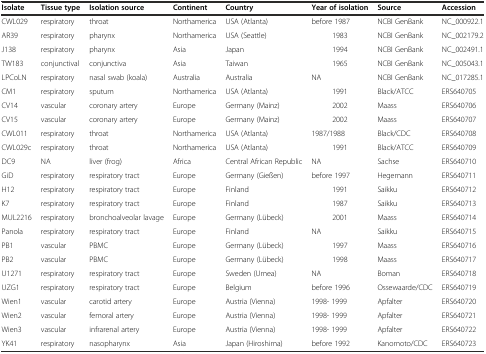
<table><thead><tr><td><b>Isolate</b></td><td><b>Tissue type</b></td><td><b>Isolation source</b></td><td><b>Continent</b></td><td><b>Country</b></td><td><b>Year of isolation</b></td><td><b>Source</b></td><td><b>Accession</b></td></tr></thead><tbody><tr><td>CWL029</td><td>respiratory</td><td>throat</td><td>Northamerica</td><td>USA (Atlanta)</td><td>before 1987</td><td>NCBI GenBank</td><td>NC_000922.1</td></tr><tr><td>AR39</td><td>respiratory</td><td>pharynx</td><td>Northamerica</td><td>USA (Seattle)</td><td>1983</td><td>NCBI GenBank</td><td>NC_002179.2</td></tr><tr><td>J138</td><td>respiratory</td><td>pharynx</td><td>Asia</td><td>Japan</td><td>1994</td><td>NCBI GenBank</td><td>NC_002491.1</td></tr><tr><td>TW183</td><td>conjunctival</td><td>conjunctiva</td><td>Asia</td><td>Taiwan</td><td>1965</td><td>NCBI GenBank</td><td>NC_005043.1</td></tr><tr><td>LPCoLN</td><td>respiratory</td><td>nasal swab (koala)</td><td>Australia</td><td>Australia</td><td>NA</td><td>NCBI GenBank</td><td>NC_017285.1</td></tr><tr><td>CM1</td><td>respiratory</td><td>sputum</td><td>Northamerica</td><td>USA (Atlanta)</td><td>1991</td><td>Black/ATCC</td><td>ERS640705</td></tr><tr><td>CV14</td><td>vascular</td><td>coronary artery</td><td>Europe</td><td>Germany (Mainz)</td><td>2002</td><td>Maass</td><td>ERS640706</td></tr><tr><td>CV15</td><td>vascular</td><td>coronary artery</td><td>Europe</td><td>Germany (Mainz)</td><td>2002</td><td>Maass</td><td>ERS640707</td></tr><tr><td>CWL011</td><td>respiratory</td><td>throat</td><td>Northamerica</td><td>USA (Atlanta)</td><td>1987/1988</td><td>Black/CDC</td><td>ERS640708</td></tr><tr><td>CWL029c</td><td>respiratory</td><td>throat</td><td>Northamerica</td><td>USA (Atlanta)</td><td>1991</td><td>Black/ATCC</td><td>ERS640709</td></tr><tr><td>DC9</td><td>NA</td><td>liver (frog)</td><td>Africa</td><td>Central African Republic</td><td>NA</td><td>Sachse</td><td>ERS640710</td></tr><tr><td>GiD</td><td>respiratory</td><td>respiratory tract</td><td>Europe</td><td>Germany (Gießen)</td><td>before 1997</td><td>Hegemann</td><td>ERS640711</td></tr><tr><td>H12</td><td>respiratory</td><td>respiratory tract</td><td>Europe</td><td>Finland</td><td>1991</td><td>Saikku</td><td>ERS640712</td></tr><tr><td>K7</td><td>respiratory</td><td>respiratory tract</td><td>Europe</td><td>Finland</td><td>1987</td><td>Saikku</td><td>ERS640713</td></tr><tr><td>MUL2216</td><td>respiratory</td><td>bronchoalveolar lavage</td><td>Europe</td><td>Germany (Lübeck)</td><td>2001</td><td>Maass</td><td>ERS640714</td></tr><tr><td>Panola</td><td>respiratory</td><td>respiratory tract</td><td>Europe</td><td>Finland</td><td>NA</td><td>Saikku</td><td>ERS640715</td></tr><tr><td>PB1</td><td>vascular</td><td>PBMC</td><td>Europe</td><td>Germany (Lübeck)</td><td>1997</td><td>Maass</td><td>ERS640716</td></tr><tr><td>PB2</td><td>vascular</td><td>PBMC</td><td>Europe</td><td>Germany (Lübeck)</td><td>1998</td><td>Maass</td><td>ERS640717</td></tr><tr><td>U1271</td><td>respiratory</td><td>respiratory tract</td><td>Europe</td><td>Sweden (Umea)</td><td>NA</td><td>Boman</td><td>ERS640718</td></tr><tr><td>UZG1</td><td>respiratory</td><td>respiratory tract</td><td>Europe</td><td>Belgium</td><td>before 1996</td><td>Ossewaarde/CDC</td><td>ERS640719</td></tr><tr><td>Wien1</td><td>vascular</td><td>carotid artery</td><td>Europe</td><td>Austria (Vienna)</td><td>1998- 1999</td><td>Apfalter</td><td>ERS640720</td></tr><tr><td>Wien2</td><td>vascular</td><td>femoral artery</td><td>Europe</td><td>Austria (Vienna)</td><td>1998- 1999</td><td>Apfalter</td><td>ERS640721</td></tr><tr><td>Wien3</td><td>vascular</td><td>infrarenal artery</td><td>Europe</td><td>Austria (Vienna)</td><td>1998- 1999</td><td>Apfalter</td><td>ERS640722</td></tr><tr><td>YK41</td><td>respiratory</td><td>nasopharynx</td><td>Asia</td><td>Japan (Hiroshima)</td><td>before 1992</td><td>Kanomoto/CDC</td><td>ERS640723</td></tr></tbody></table>